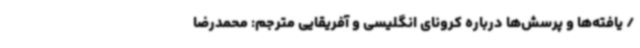
/ یافته‌ها و پرسش‌ها درباره کرونای انگلیسی و آفریقایی مترجم: محمدرضا